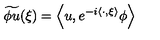
\widetilde { \phi u } ( \xi ) = \left\langle u , e ^ { - i \left\langle \cdot , \xi \right\rangle } \phi \right\rangle